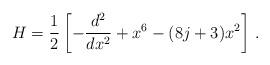
LaTeX: \begin{align*}H=\frac{1}{2}\left[-\frac{d^{2}}{dx^{2}}+x^{6}-(8j+3)x^{2}\right] \,.\end{align*}